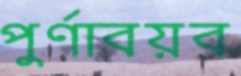
পুর্ণাবয়ব